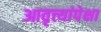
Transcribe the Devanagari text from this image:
आवृत्त्यांपेक्षा